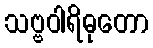
သဗ္ဗဝါရိဓုတော